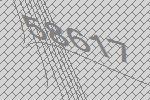
58617